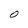
Character: O